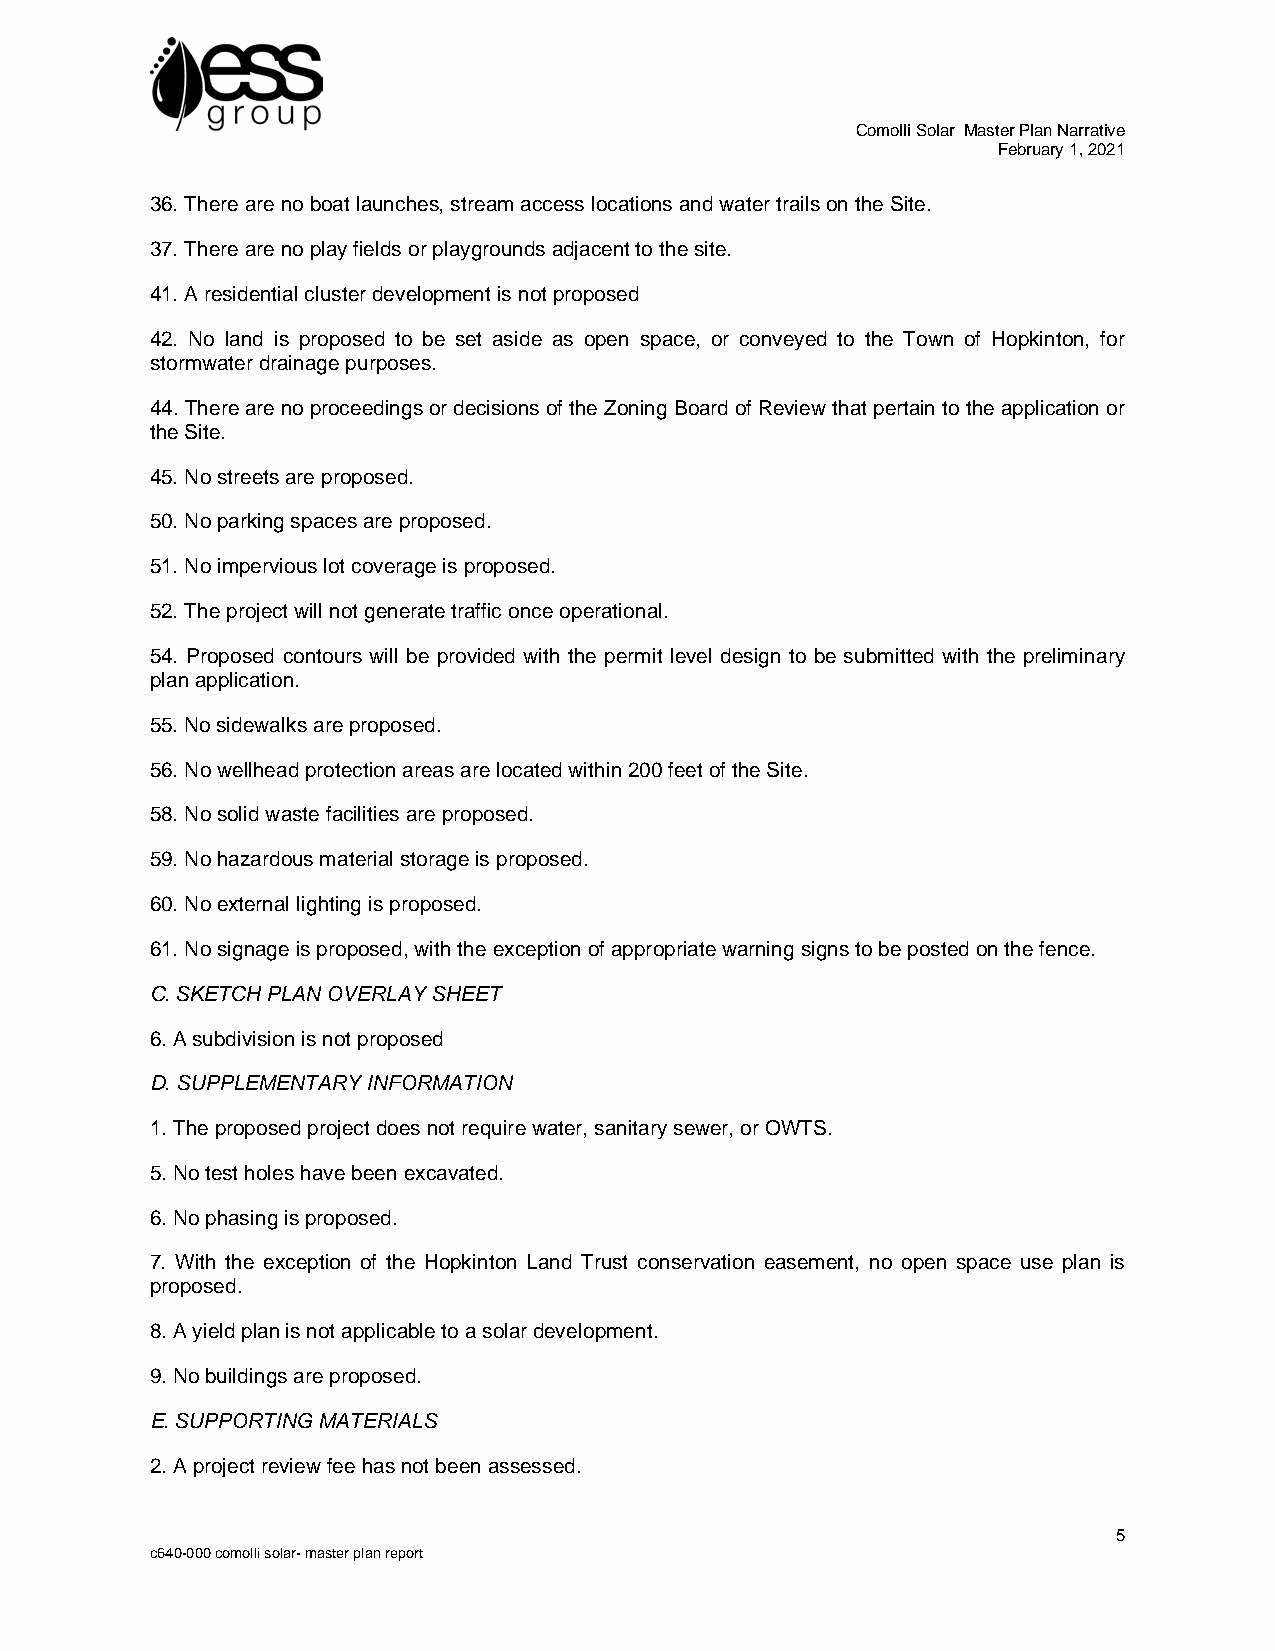
Comolli Solar Master Plan Narrative
 February 1, 2021
 36. There are no boat launches, stream access locations and water trails on the Site.
 37. There are no play fields or playgrounds adjacent to the site.
 41. A residential cluster development is not proposed
 42. No land is proposed to be set aside as open space, or conveyed to the Town of Hopkinton, for
 stormwater drainage purposes.
 44. There are no proceedings or decisions of the Zoning Board of Review that pertain to the application or
 the Site.
 45. No streets are proposed.
 50. No parking spaces are proposed.
 51. No impervious lot coverage is proposed.
 52. The project will not generate traffic once operational.
 54. Proposed contours will be provided with the permit level design to be submitted with the preliminary
 plan application.
 55. No sidewalks are proposed.
 56. No wellhead protection areas are located within 200 feet of the Site.
 58. No solid waste facilities are proposed.
 59. No hazardous material storage is proposed.
 60. No external lighting is proposed.
 61. No signage is proposed, with the exception of appropriate warning signs to be posted on the fence.
 C. SKETCH PLAN OVERLAY SHEET
 6. A subdivision is not proposed
 D. SUPPLEMENTARY INFORMATION
 1. The proposed project does not require water, sanitary sewer, or OWTS.
 5. No test holes have been excavated.
 6. No phasing is proposed.
 7. With the exception of the Hopkinton Land Trust conservation easement, no open space use plan is
 proposed.
 8. A yield plan is not applicable to a solar development.
 9. No buildings are proposed.
 E. SUPPORTING MATERIALS
 2. A project review fee has not been assessed.
 5
 c640-000 comolli solar- master plan report